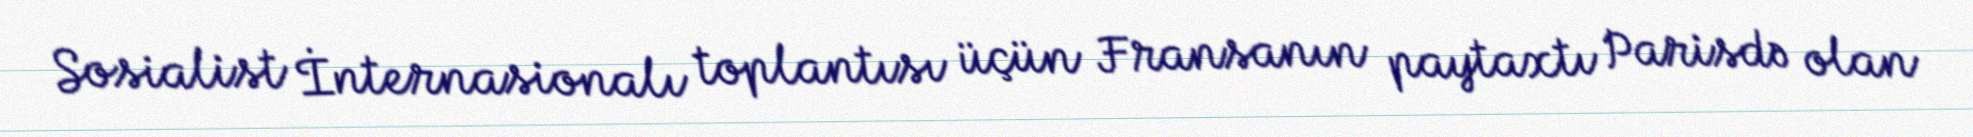
Sosialist İnternasionalı toplantısı üçün Fransanın paytaxtı Parisdə olan